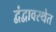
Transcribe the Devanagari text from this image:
द्वंद्वावस्थेत